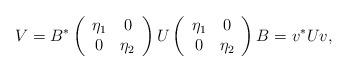
LaTeX: \begin{align*}V=B^*\left(\begin{array}{cc}\eta_1 & 0 \\ 0 & \eta_2\end{array}\right) U \left(\begin{array}{cc}\eta_1 & 0 \\ 0 & \eta_2\end{array}\right)B = v^*Uv,\end{align*}